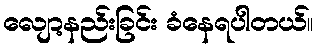
လျော့နည်းခြင်း ခံနေရပါတယ်။